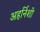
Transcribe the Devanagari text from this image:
अहर्निशी